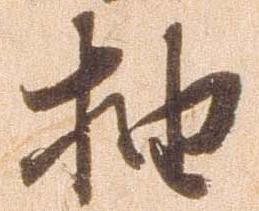
抽